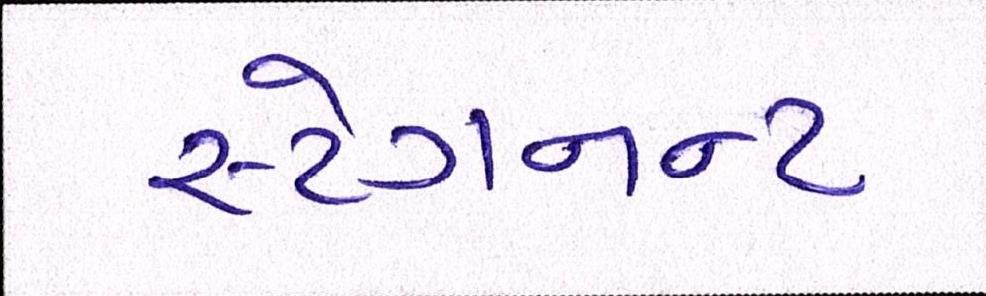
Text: સ્ટેગનન્ટ